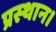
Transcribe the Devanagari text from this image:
प्रस्‍थान।